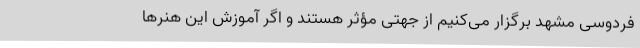
فردوسی مشهد برگزار می‌کنیم از جهتی مؤثر هستند و اگر آموزش این هنرها